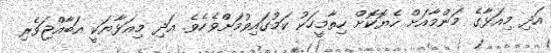
އަދި މިއަޅާގެ މަންމާއަށް ހެޔޮކޮށް ހިތާމީހަކު ކަމުގައިވުމަށްވެހެވެ. އަދި މިއަޅާޔަކީ އަބާއްޖަވެރި